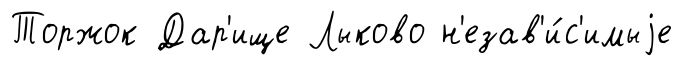
Торжок Дар'ище Лыково н'езав'и́с'имыjе